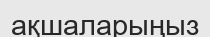
ақшаларыңыз